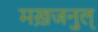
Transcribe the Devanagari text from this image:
मख़जनुल्